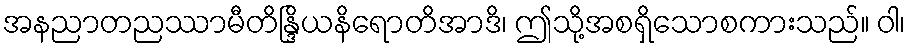
အနညာတညဿာမီတိန္ဒြိယနိရောတိအာဒိ၊ ဤသို့အစရှိသောစကားသည်။ ဝါ၊